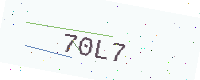
Text: 70L7